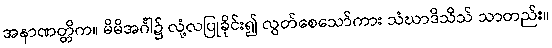
အနာဏတ္တိက။ မိမိအင်္ဂါ၌ လုံ့လပြုခိုင်း၍ လွတ်စေသော်ကား သံဃာဒိသိသ် သာတည်း။